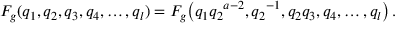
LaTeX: F _ { g } ( q _ { 1 } , q _ { 2 } , q _ { 3 } , q _ { 4 } , \ldots , q _ { l } ) = F _ { g } \bigl ( q _ { 1 } { q _ { 2 } } ^ { a - 2 } , { q _ { 2 } } ^ { - 1 } , q _ { 2 } q _ { 3 } , q _ { 4 } , \ldots , q _ { l } \bigr ) \, .